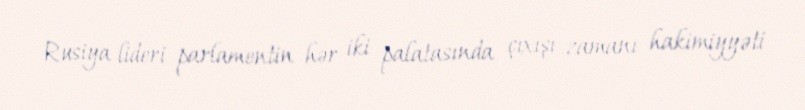
Rusiya lideri parlamentin hər iki palatasında çıxışı zamanı hakimiyyəti